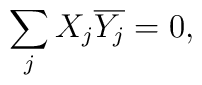
\sum_{j} X_j\overline {Y_j}=0 ,